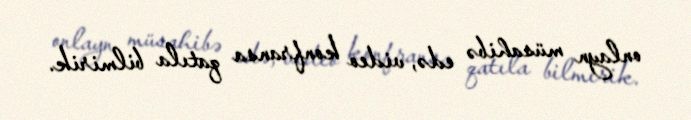
onlayn müsahibə edə, video konfransa qatıla bilmirik.